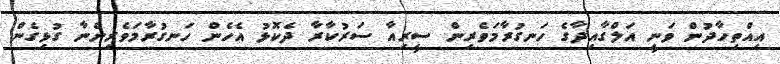
އިއްތިހާދުން ވަނީ އަލްގާއިދާގެ ހަނގުރާމަވެރިން ސީރިއާ ސަރުކާރާ ދެކޮޅު އެހެން ހަނގުރާމަވެރިންނާ ގުޅިގެން